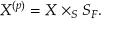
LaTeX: X ^ { ( p ) } = X \times _ { S } S _ { F } .